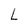
Character: L